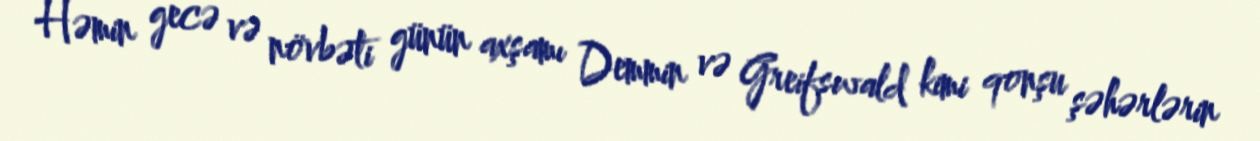
Həmin gecə və növbəti günün axşamı Demmin və Greifswald kimi qonşu şəhərlərin